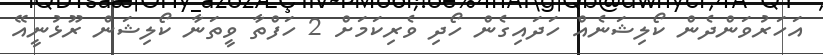
އަހަރުވަންދެން ކޯލިޝަނެއް ހަދައިގެން ހޯދި ވެރިކަމަށް 2 ހަފްތާ ވީތަނާ ކޯލިޝަން ރޫޅުނީއޭ